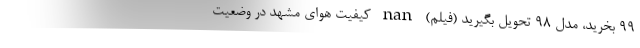
۹۹ بخرید، مدل ۹۸ تحویل بگیرید (فیلم) nan کیفیت هوای مشهد در وضعیت